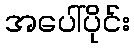
အပေါ်ပိုင်း